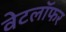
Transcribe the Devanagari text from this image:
वेटलॉफर